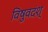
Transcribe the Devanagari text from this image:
विषुवदंश्